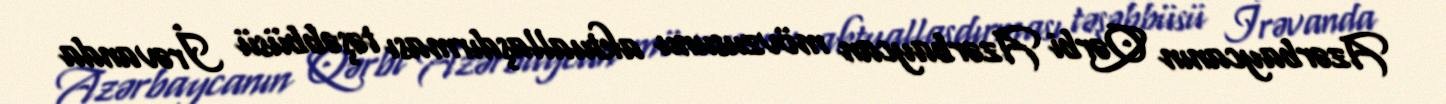
Azərbaycanın Qərbi Azərbaycan mövzusunu aktuallaşdırması təşəbbüsü İrəvanda